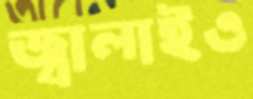
জ্বালাইও